Civil Veterinary Dept. North-West Frontier Province 1901-22 - 1901-1922
Year: 1901
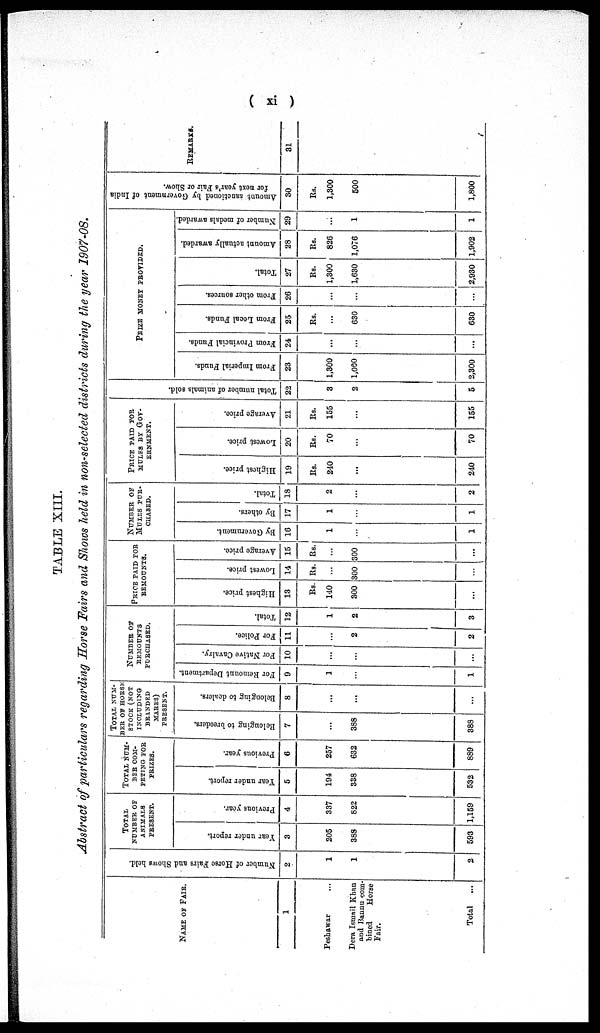
( xi )
TABLE XIII.
Abstract of particulars regarding Horse Fairs and Shows held in non-selected districts during the year 1907-08.
NAME OF FAIR.
1
Peshawar ...
Dera Ismail Khan
and Bannu com-
bined
Horse
Fair.
Total
...
Number of Horse Fairs and Shows held.
2
1
1
2
TOTAL
NUMBER OF
ANIMALS
PRESENT.
Year under report.
3
205
388
593
Previous year.
4
337
822
1,159
TOTAL NUM¬
BER COM-
PETING FOR
PRIZES.
Year under report.
5
194
338
532
Previous year.
6
257
632
889
TOTAL NUM¬
BER OF HORSE
STOCK (NOT
INCLUDING
BRANDED
MARES)
PRESENT.
Belonging to breeders.
7
...
388
388
Belonging to dealers.
8
...
...
...
NUMBER OF
REMOUNTS
PURCHASED.
For Remount Department.
9
1
...
1
For Native Cavalry.
10
...
...
...
For Police.
11
...
2
2
Total.
12
1
2
3
PRICE PAID FOR
REMOUNTS.
Highest price.
13
Rs.
140
300
...
Lowest price.
14
Rs.
...
300
...
Average price.
15
Rs.
...
300
...
NUMBER OF
MULES PUR¬
CHASED.
By Government.
16
1
...
1
By others.
17
1
...
1
Total.
18
2
...
2
PRICE PAID FOR
MULES BY GOV¬
ERNMENT.
Highest price.
19
Rs.
240
...
240
Lowest price.
20
Rs.
70
...
70
Average price.
21
Rs.
155
...
155
Total number of animals sold.
22
3
2
5
PRIZE MONEY PROVIDED.
From Imperial Funds.
23
1,300
1,000
2,300
From Provincial Funds.
24
...
...
...
From Local Funds.
25
Rs.
...
630
630
From other sources.
26
...
...
Total.
27
Rs.
1,300
1,630
2,930
Amount actually awarded.
28
Rs.
826
1,076
1,902
Number of medals awarded.
29
...
1
1
Amount sanctioned by Government of India
for next year's Fair or Show.
30
Rs.
1,300
500
1,800
REMARKS
31